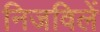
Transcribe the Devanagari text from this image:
निजविलें